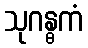
သုဂန္ဓကံ